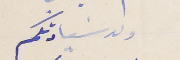
ولد سَيادتكم